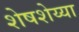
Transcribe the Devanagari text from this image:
शेषशेय्या